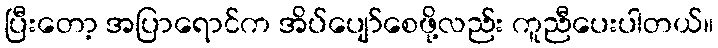
ပြီးတော့ အပြာရောင်က အိပ်ပျော်စေဖို့လည်း ကူညီပေးပါတယ်။